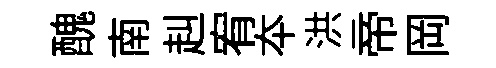
醜南赳宥夲洪帝岡